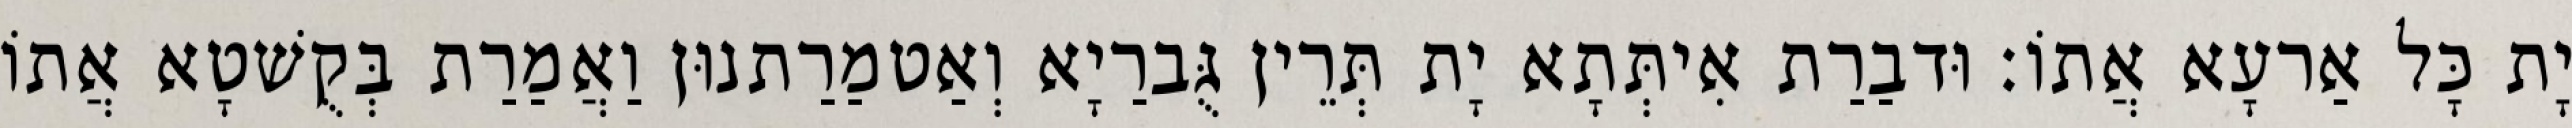
יָת כָּל אַרעָא אֲתוֹ׃ וּדבַרַת אִיתְּתָא יָת תְּרֵין גֻּברַיָא וְאַטמַרַתנוּן וַאֲמַרַת בְּקֻשׁטָא אֲתוֹ